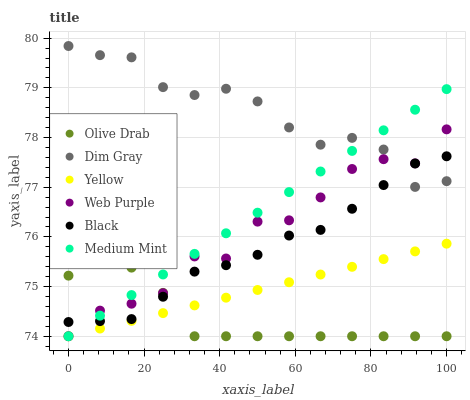
| xaxis_label | Olive Drab | Dim Gray | Yellow | Web Purple | Black | Medium Mint |
 | --- | --- | --- | --- | --- | --- | --- |
 | 0 | 75.2 | 79.8 | 74 | 74 | 74.3 | 74 |
 | 8.33 | 75.5 | 79.7 | 74.2 | 74.5 | 74.3 | 74.4 |
 | 16.7 | 75.4 | 79.6 | 74.3 | 74.7 | 74.3 | 74.8 |
 | 25 | 74.9 | 79 | 74.5 | 74.9 | 74.8 | 75.2 |
 | 33.3 | 74 | 78.9 | 74.6 | 75.6 | 75.3 | 75.7 |
 | 41.7 | 74 | 79 | 74.8 | 75.6 | 75.4 | 76.1 |
 | 50 | 74 | 78.7 | 74.9 | 76.3 | 75.6 | 76.5 |
 | 58.3 | 74 | 78.2 | 75.1 | 76.3 | 76 | 76.9 |
 | 66.7 | 74 | 77.9 | 75.2 | 76.8 | 76.1 | 77.3 |
 | 75 | 74 | 78 | 75.4 | 77.4 | 76.6 | 77.7 |
 | 83.3 | 74 | 77.8 | 75.6 | 77.6 | 77 | 78.1 |
 | 91.7 | 74 | 77 | 75.7 | 77.5 | 77.5 | 78.6 |
 | 100 | 74 | 77.1 | 75.9 | 78.2 | 77.6 | 79 |